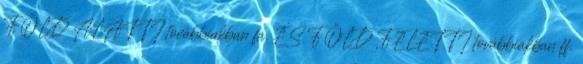
FÖLD ALATTI továbbiakban fa. ÉS FÖLD FELETTI továbbiakban ff.